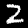
Label: 2